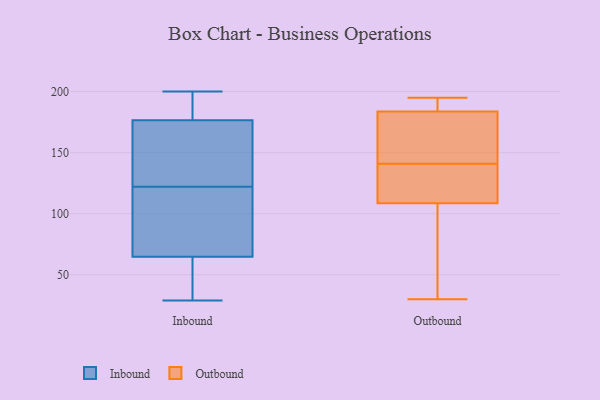
{"axis": {"x": "Bounce Rate (%)", "y": "Value"}, "legend": ["Inbound", "Outbound"], "data": [{"x": "", "y": 189, "type": "Inbound"}, {"x": "", "y": 76, "type": "Inbound"}, {"x": "", "y": 199, "type": "Inbound"}, {"x": "", "y": 122, "type": "Inbound"}, {"x": "", "y": 200, "type": "Inbound"}, {"x": "", "y": 50, "type": "Inbound"}, {"x": "", "y": 157, "type": "Inbound"}, {"x": "", "y": 99, "type": "Inbound"}, {"x": "", "y": 122, "type": "Inbound"}, {"x": "", "y": 48, "type": "Inbound"}, {"x": "", "y": 175, "type": "Inbound"}, {"x": "", "y": 157, "type": "Inbound"}, {"x": "", "y": 29, "type": "Inbound"}, {"x": "", "y": 64, "type": "Inbound"}, {"x": "", "y": 82, "type": "Inbound"}, {"x": "", "y": 65, "type": "Inbound"}, {"x": "", "y": 181, "type": "Inbound"}, {"x": "", "y": 30, "type": "Outbound"}, {"x": "", "y": 125, "type": "Outbound"}, {"x": "", "y": 62, "type": "Outbound"}, {"x": "", "y": 103, "type": "Outbound"}, {"x": "", "y": 192, "type": "Outbound"}, {"x": "", "y": 195, "type": "Outbound"}, {"x": "", "y": 163, "type": "Outbound"}, {"x": "", "y": 192, "type": "Outbound"}, {"x": "", "y": 193, "type": "Outbound"}, {"x": "", "y": 136, "type": "Outbound"}, {"x": "", "y": 127, "type": "Outbound"}, {"x": "", "y": 180, "type": "Outbound"}, {"x": "", "y": 145, "type": "Outbound"}, {"x": "", "y": 185, "type": "Outbound"}, {"x": "", "y": 141, "type": "Outbound"}, {"x": "", "y": 88, "type": "Outbound"}, {"x": "", "y": 75, "type": "Outbound"}, {"x": "", "y": 140, "type": "Outbound"}, {"x": "", "y": 162, "type": "Outbound"}]}